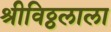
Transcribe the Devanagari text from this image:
श्रीविठ्ठलाला